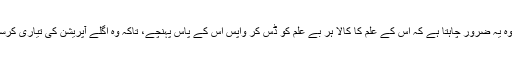
البتہ وہ یہ ضرور چاہتا ہے کہ اس کے علم کا کالا ہر بے علم کو ڈس کر واپس اس کے پاس پہنچے، تاکہ وہ اگلے آپریشن کی تیاری کرسکے۔